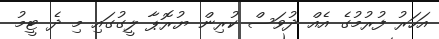
އަހަރު ފުރުމުގެ އެއް ދުވަސް ކުރިން ޔުރޮޕާ ލީގުގައި މި ދެ ޓީމު